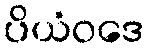
ပိယံဝဒေ